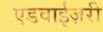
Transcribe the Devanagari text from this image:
एडवाईज़री